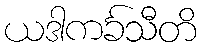
ယဒါကင်္ခသီတိ